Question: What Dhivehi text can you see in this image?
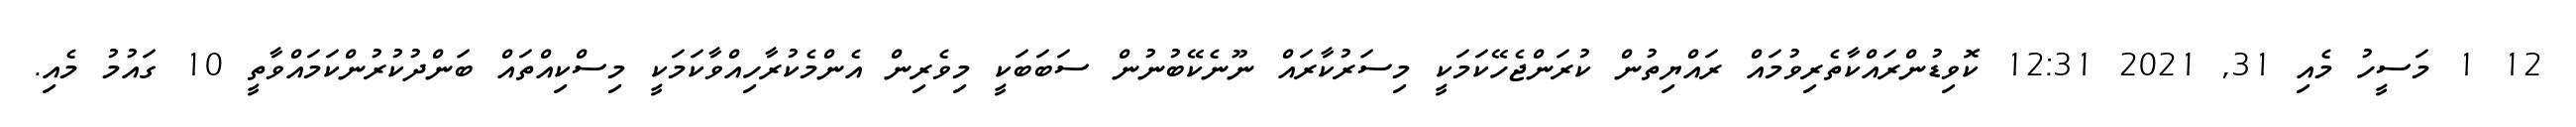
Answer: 12 1 މަސީހު މެއި 31, 2021 12:31 ކޮވިޑުންރައްކާތެރިވުމައް ރައްޔިތުން ކުރަންޖެހޭކަމަކީ މިސަރުކާރައް ނޫނެކޭބުނުން ސަބަބަކީ މިވެރިން އެންމެކުރާހިއްވާކަމަކީ މިސްކިއްތައް ބަންދުކުރުންކަމައްވާތީ 10 ގައުމު މެއި.